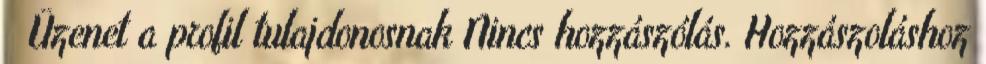
Üzenet a profil tulajdonosnak Nincs hozzászólás. Hozzászoláshoz